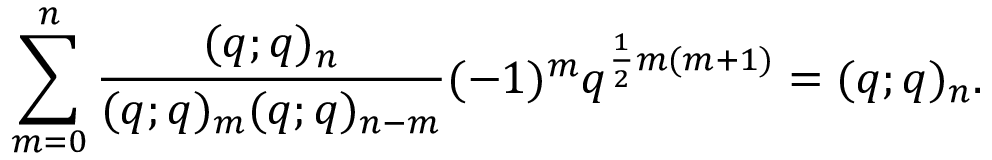
\sum _ { m = 0 } ^ { n } \frac { ( q ; q ) _ { n } } { ( q ; q ) _ { m } ( q ; q ) _ { n - m } } ( - 1 ) ^ { m } q ^ { \frac { 1 } { 2 } m ( m + 1 ) } = ( q ; q ) _ { n } .